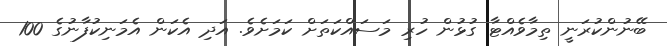
ބޭނުންކުރަނީ ތިމާވެއްޓާ ގުޅުން ހުރި މަސައްކަތަށް ކަމަށެވެ. އަދި އެކަން އެމަނިކުފާނުގެ 100